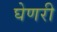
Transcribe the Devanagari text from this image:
घेणरी